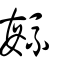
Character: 毓